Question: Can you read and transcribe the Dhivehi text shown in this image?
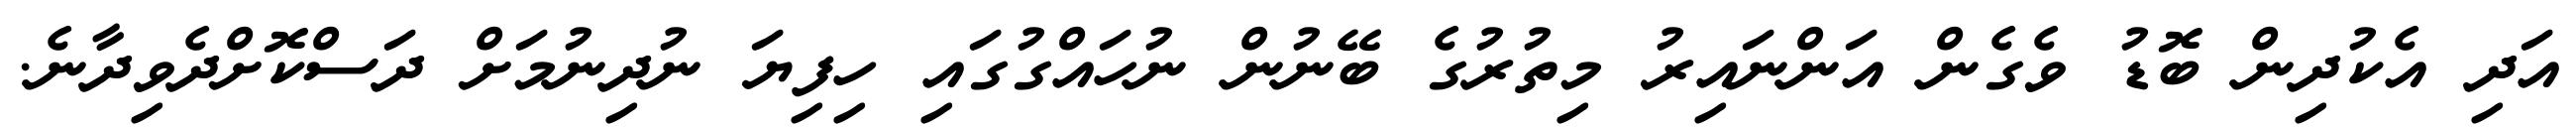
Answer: އަދި އެކުދިން ބޮޑު ވެގެން އަންނައިރު މިތުރުގެ ބޭނުން ނުހައްގުގައި ހިފިޔަ ނުދިނުމަށް ދަސްކޮށްދެވިދާނެ.